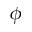
\phi